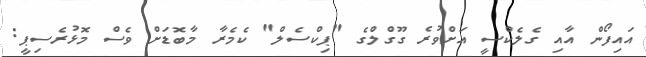
އައިފޯން އާއި ގެލެކްސީ އަށްވުރެ ގޫގްލްގެ "ޕިކްސެލް" ކެމެރާ މާބޮޑަށް ވެސް މޮޅުރެސިޕީ: